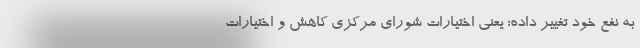
به نفع خود تغییر داده؛ یعنی اختیارات شورای مرکزی کاهش و اختیارات